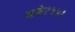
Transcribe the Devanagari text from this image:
शके१५५१